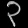
Digit: ၃